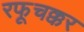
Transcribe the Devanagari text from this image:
रफूचक्कर